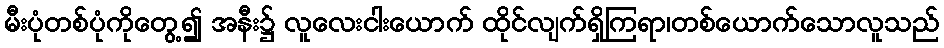
မီးပုံတစ်ပုံကိုတွေ့၍ အနီး၌ လူလေးငါးယောက် ထိုင်လျက်ရှိကြရာ၊တစ်ယောက်သောလူသည်